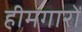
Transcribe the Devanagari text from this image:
हीमगारों